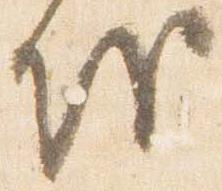
を